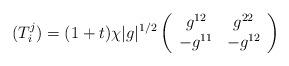
LaTeX: \begin{align*}(T^j_i)=(1+t)\chi|g|^{1/2}\left( \begin{array}{cc}g^{12} & g^{22} \\-g^{11} & -g^{12} \end{array} \right)\end{align*}